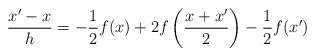
\begin{align*} \frac{x'-x}{h}=-\frac{1}{2}f(x)+2f\left(\frac{x+x'}{2}\right)-\frac{1}{2}f(x')\end{align*}